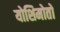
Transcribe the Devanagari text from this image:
योशिमोतो